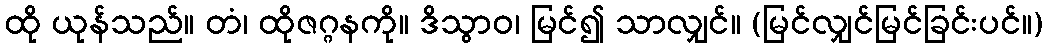
ထို ယုန်သည်။ တံ၊ ထိုဇဂ္ဂနကို။ ဒိသွာဝ၊ မြင်၍ သာလျှင်။ (မြင်လျှင်မြင်ခြင်းပင်။)